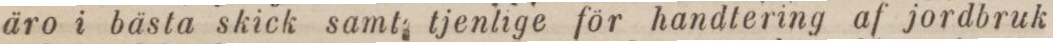
äro i bästa skick samt tjenlige för handtering af jordbruk